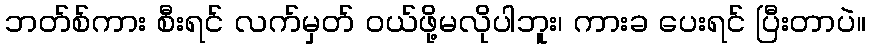
ဘတ်စ်ကား စီးရင် လက်မှတ် ဝယ်ဖို့မလိုပါဘူး၊ ကားခ ပေးရင် ပြီးတာပဲ။